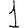
Digit: 1